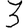
Digit: 3